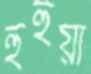
হুহুয়া